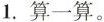
1.算一算。